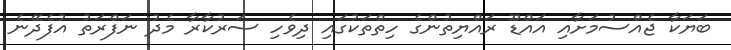
ބަޔަކާ ޖެއްސުމަށާއި އައްޑޫ ރައްޔިތުންގެ ހިތްތަކުގައި ދިވެހި ސަރުކާރާ މެދު ނަފްރަތު އުފެދޭނެ